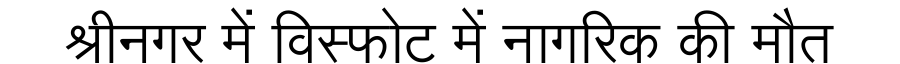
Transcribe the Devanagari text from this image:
श्रीनगर में विस्फोट में नागरिक की मौत